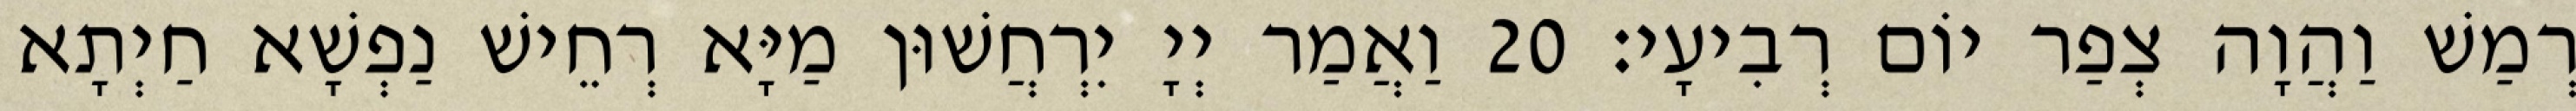
רְמַשׁ וַהֲוָה צְפַר יוֹם רְבִיעָי׃ 20 וַאֲמַר יְיָ יִרְחֲשׁוּן מַיָּא רְחֵישׁ נַפְשָׁא חַיְתָא